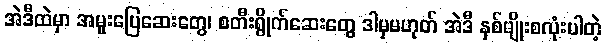
အဲဒီထဲမှာ အမူးပြေဆေးတွေ၊ စတီးရွိုက်ဆေးတွေ ဒါမှမဟုတ် အဲဒီ နှစ်မျိုးစလုံးပါတဲ့